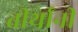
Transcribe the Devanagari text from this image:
तीर्थांनी